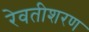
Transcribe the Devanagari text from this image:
रेवतीशरण